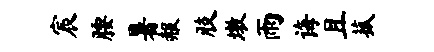
宸腰暑赧肢墩雨诲且菰